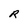
Character: R